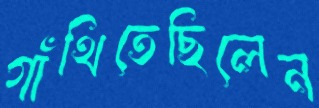
গাঁথিতেছিলেন